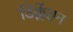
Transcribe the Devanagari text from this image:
डिक्लेंशन